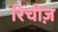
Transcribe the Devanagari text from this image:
रिचीज़